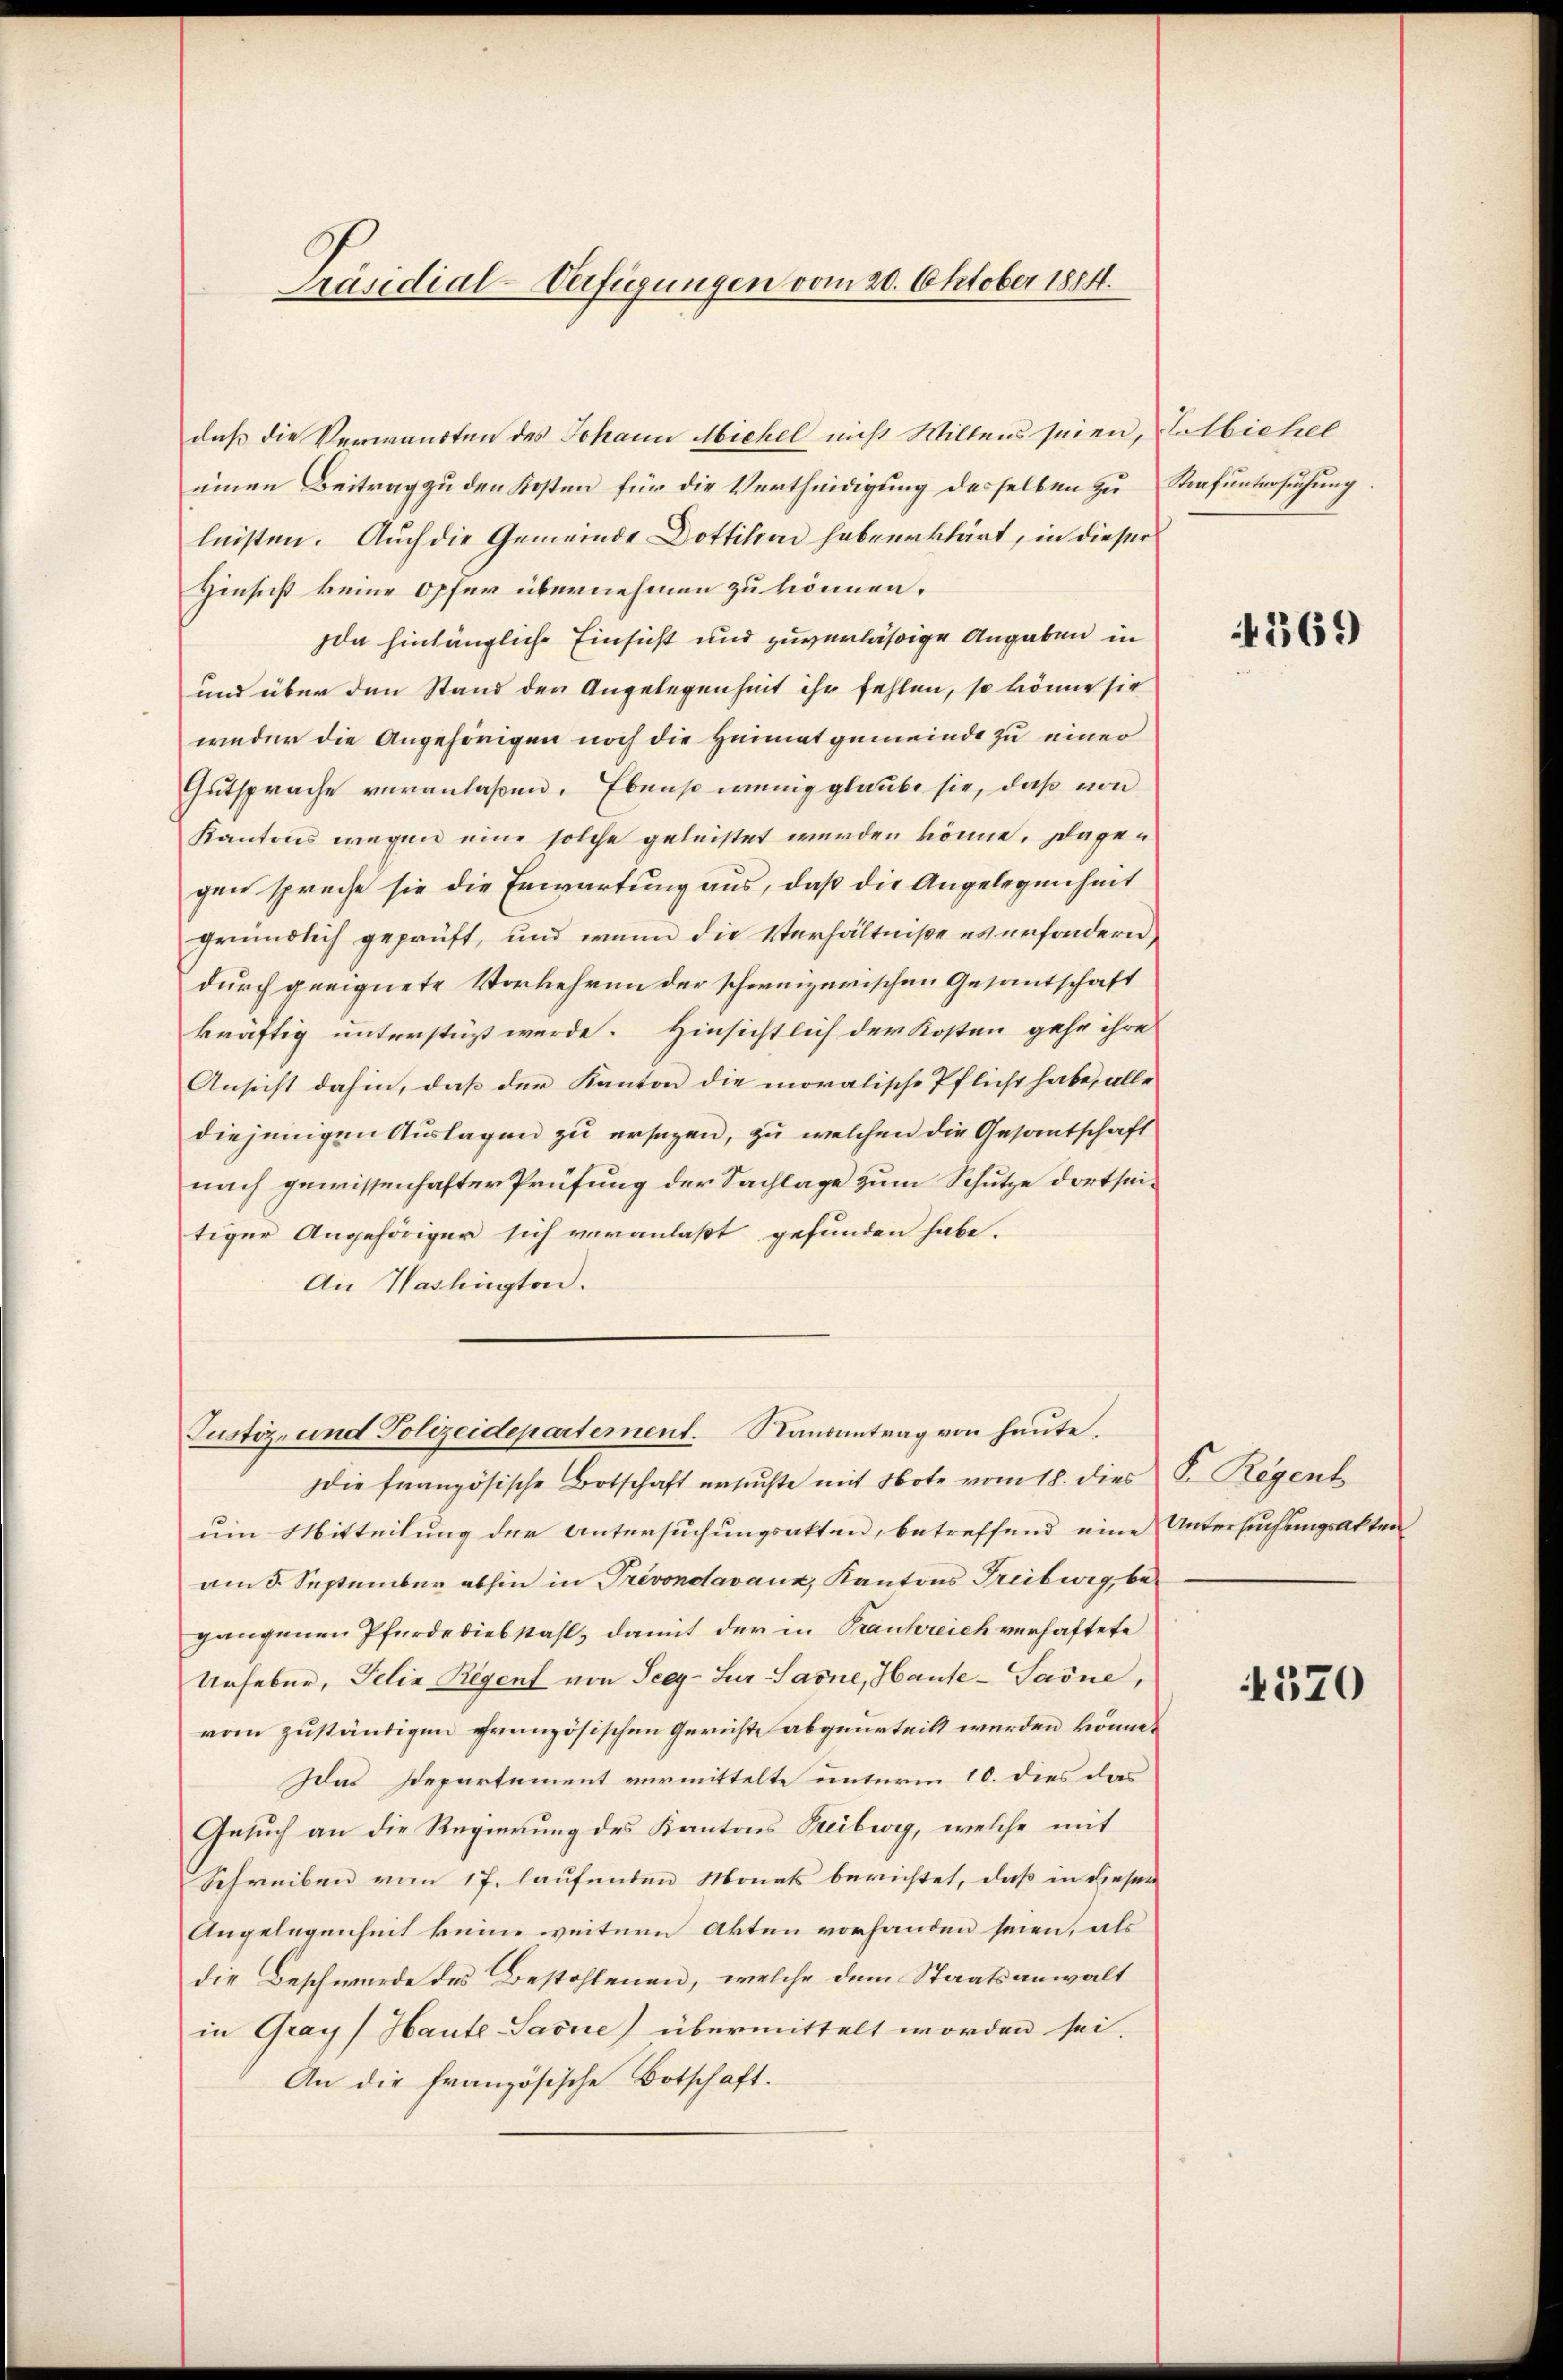
Präsidial-Verfügungen vom 20. Oktober 1884.

daß die Verwandten des Johann Michel nicht Willens seien, Tatbichel
einen Beitrag zu den Kosten für die Vertheidigung desselben zu Strafuntersuchung.
leisten. Auch die Gemeinde Dottilien habeerklärt, in dieser
Hinsicht keine Opfer übernehmen zu können.
da hinlängliche Einsicht und zuverläßige Angaben in
und über den Stand den Angelegenheit ihr fehlen, so könne sie
weder die Angehörigen noch die Heimatgemeinde zu einer
Gutsprache veranlaßen. Ebenso wenig glaube sie, daß von
Kantons wegen eine solche geleistet werden könne. Dagegen spreche sie die Erwartung aus, daß die Angelegenheit
gründlich geprüft, und wenn die Verhältniße es unsondern,
durch geeignete Vorkehren der schweizerischen Gesantschaft
kräftig unterstüzt werde. Hinsichtlich der Kosten gehe ihre
Ansicht dahin, daß der Kanton die moralische Pflicht habe, alle
diejenigen Auslagen zu ersagen, zu welchen die Gesantschaft
nach gewissenhafter Prüfung der Sachlage zum Schutze dortseitiger Angehöriger sich veranlaßt gefunden habe.
An Washington.
Justiz- und Polizeidepartement. Randantrag von heute.
die französische Botschaft ersuchte mit Note vom 18. dies
um Mitteilung der Untersuchungsakten, betreffend eine Untersuchungsakten
am 3. September abhin in Prévondavaux, Kantons Treiburg, begangenen Pferdediebstahl, damit der in Frankreich verhaftete
Urheber, Pelia Regent von Seey-Sur-Sarne, Haute-Saône,
vom zuständigen französischen Gerichte abgeurteilt werden könne.
Idas Departement vermittelte unterm 10. dies das
Gesuch an die Regierung des Kantons Beibwig, welche mit
Schreiben vom 17. laufenden Monats berichtet, daß in dieser
Angelegenheit keine weitern Akten vorhanden seien, als
die Beschwürde des Bestohlenen, welche dem Staatsanwalt
in Gray) Haute Sasue) übermittelt worden sei.
An die französische Botschaft.

369

K. Regenb

4570